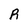
Character: R